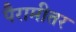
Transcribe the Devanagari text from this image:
पैरामीतर